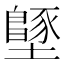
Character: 𡒴